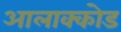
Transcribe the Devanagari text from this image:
आलाक्कोड